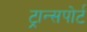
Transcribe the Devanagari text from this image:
ट्रान्‍सपोर्ट